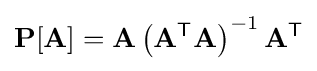
\mathbf {P} [\mathbf {A} ]=\mathbf {A} \left(\mathbf {A} ^{\textsf {T}}\mathbf {A} \right)^{-1}\mathbf {A} ^{\textsf {T}}